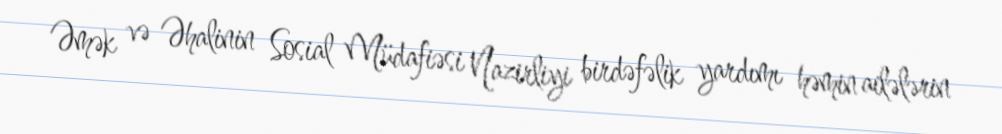
Əmək və Əhalinin Sosial Müdafiəsi Nazirliyi birdəfəlik yardımı həmin ailələrin